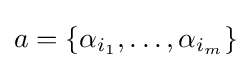
a=\{\alpha _{i_{1}},\dots ,\alpha _{i_{m}}\}